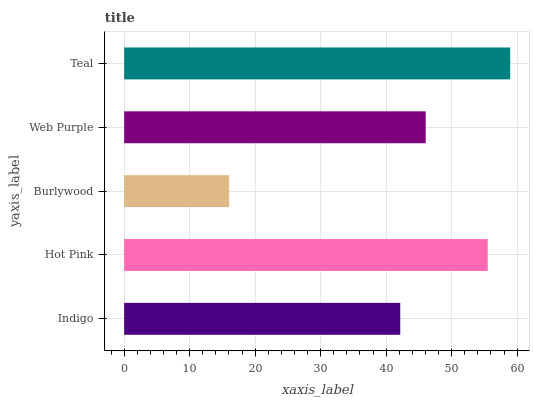
| yaxis_label | bars |
 | --- | --- |
 | Indigo | 42.2 |
 | Hot Pink | 55.5 |
 | Burlywood | 16 |
 | Web Purple | 46 |
 | Teal | 58.9 |